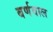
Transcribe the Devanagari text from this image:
बर्णवाल